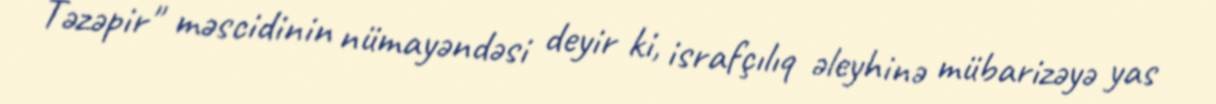
Təzəpir" məscidinin nümayəndəsi deyir ki, israfçılıq əleyhinə mübarizəyə yas